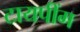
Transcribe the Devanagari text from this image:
टायपींग